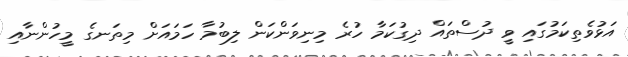
އަޅުވެތިކަމުގައި ވީ ދުސްތައް ދިގުކަމާ ހުރެ މިނިވަންކަން ލިބުމާ ހަމައަށް މިތަނގެ މީހުންނާއި